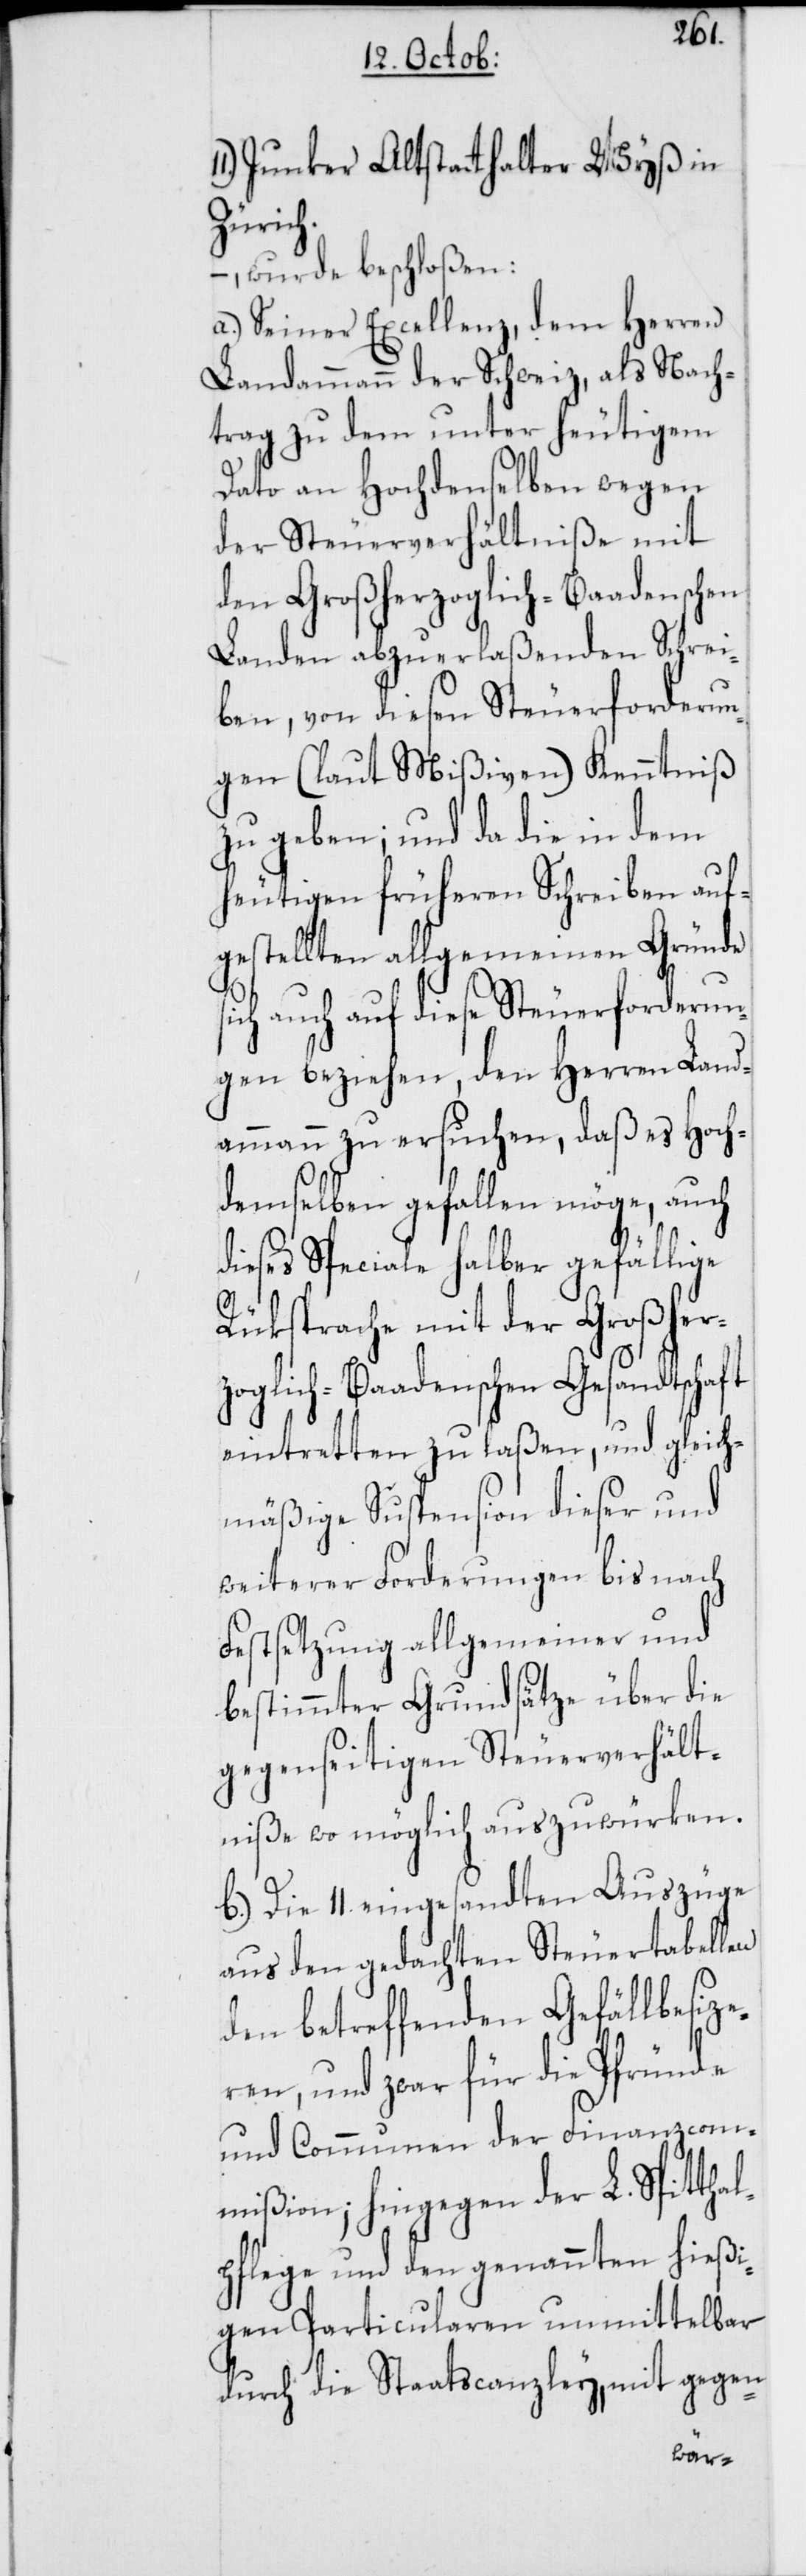
Junker Altstatthalter Wyß in
Zürich.
–, wurde beschloßen:
a.) Seiner Excellenz, dem Herren
Landammann der Schweiz, als Nach¬
trag zu dem unter heutigem
Dato an Hochdenselben wegen
der Steuerverhältniße mit
den Großherzoglich-Baadenschen
Landen abzuerlaßenden Schrei¬
ben, von diesen Steuerforderun¬
gen (laut Mißiven) Kenntniß
zu geben; und da die in dem
heutigen früheren Schreiben auf¬
gestellten allgemeinen Gründe
sich auch auf diese Steuerforderun¬
gen beziehen, den Herren Land¬
ammann zu ersuchen, daß es Hoch¬
demselben gefallen möge, auch
dieses Speciale halber gefällige
Rüksprache mit der Großher¬
zoglich-Baadenschen Gesandtschaft
eintretten zu laßen, und gleich¬
mäßige Suspension dieser und
weiterer Forderungen bis nach
Festsetzung allgemeiner und
bestimmter Grundsätze über die
gegenseitigen Steuerverhält¬
niße wo möglich auszuwürken.
b.) Die 11. eingesandten Auszüge
aus den gedachten Steuertabellen
den betreffenden Gefällbesize¬
ren, und zwar für die Pfründe
und Communen der Finanzcom¬
mißion; hingegen der L. Spittha¬
lpflege und den genannten hießi¬
gen Particularen unmittelbar
durch die Staatscanzley, mit gegen-